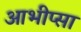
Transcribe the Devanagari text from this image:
आभीप्सा